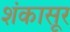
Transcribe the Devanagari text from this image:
शंकासूर